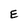
Character: E